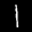
Label: 1